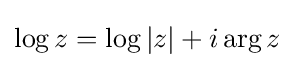
\displaystyle {\log z=\log |z|+i\arg z}